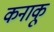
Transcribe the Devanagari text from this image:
कनाकू